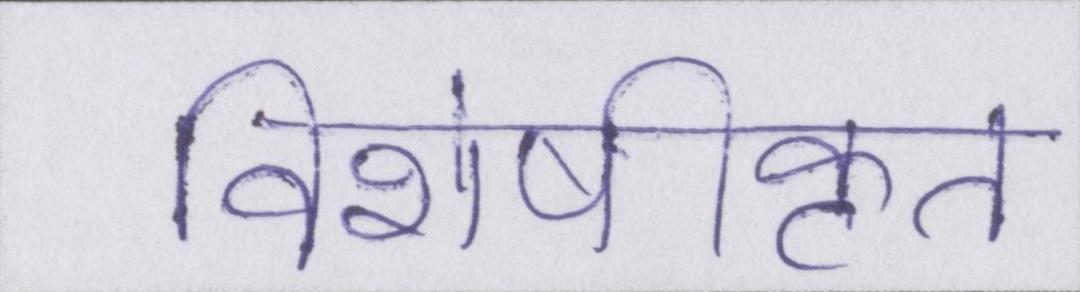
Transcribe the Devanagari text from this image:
विशेषीकृत